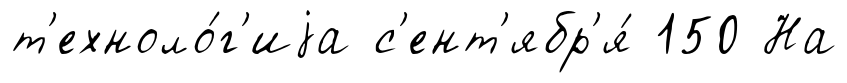
т'ехноло́г'иjа с'ент'ябр'я́ 150 На